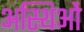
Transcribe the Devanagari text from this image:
अस्थिओं